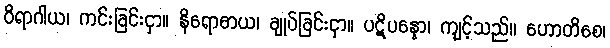
ဝိရာဂါယ၊ ကင်းခြင်းငှာ။ နိရောဓာယ၊ ချုပ်ခြင်းငှာ။ ပဋိပန္နော၊ ကျင့်သည်။ ဟောတိစေ၊